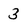
Character: 3